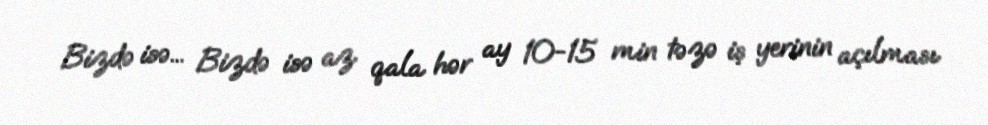
Bizdə isə... Bizdə isə az qala hər ay 10-15 min təzə iş yerinin açılması